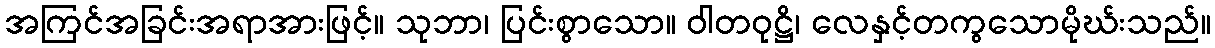
အကြင်အခြင်းအရာအားဖြင့်။ သုဘာ၊ ပြင်းစွာသော။ ဝါတဝုဋ္ဌိ၊ လေနှင့်တကွသောမိုဃ်းသည်။